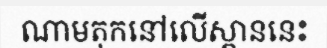
ណាមតុកនៅលើស្ពាននេះ